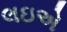
લઇએ